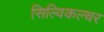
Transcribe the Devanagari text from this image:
सिल्विकल्चर